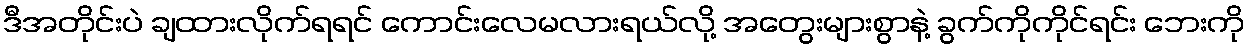
ဒီအတိုင်းပဲ ချထားလိုက်ရရင် ကောင်းလေမလားရယ်လို့ အတွေးများစွာနဲ့ ခွက်ကိုကိုင်ရင်း ဘေးကို